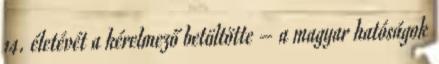
14. életévét a kérelmező betöltötte – a magyar hatóságok